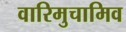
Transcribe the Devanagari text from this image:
वारिमुचामिव